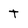
Character: t